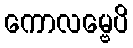
ကောလမ္ဗေပိ